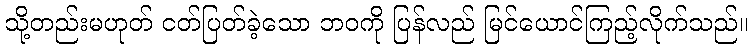
သို့တည်းမဟုတ် ငတ်ပြတ်ခဲ့သော ဘဝကို ပြန်လည် မြင်ယောင်ကြည့်လိုက်သည်။